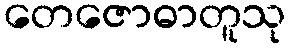
တေဇောဓာတူသု